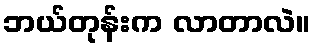
ဘယ်တုန်းက လာတာလဲ။